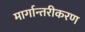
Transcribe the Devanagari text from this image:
मार्गान्तरीकरण